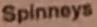
Spinneys